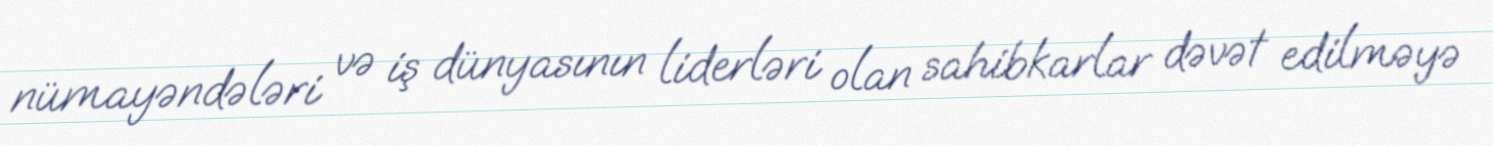
nümayəndələri və iş dünyasının liderləri olan sahibkarlar dəvət edilməyə